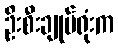
ဦးစီးချုပ်ရုံးက